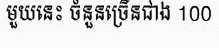
មួយនេះ ចំនួនច្រើនជាង 100